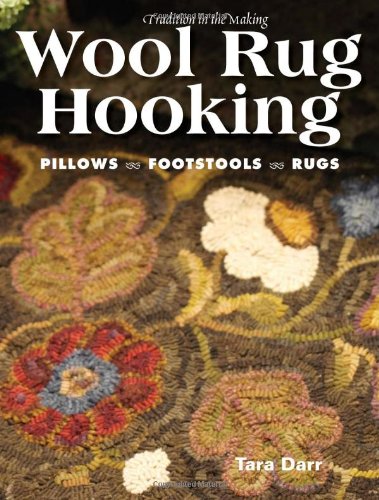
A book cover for Wool Rug Hooking; Tara Darr; Crafts, Hobbies & Home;